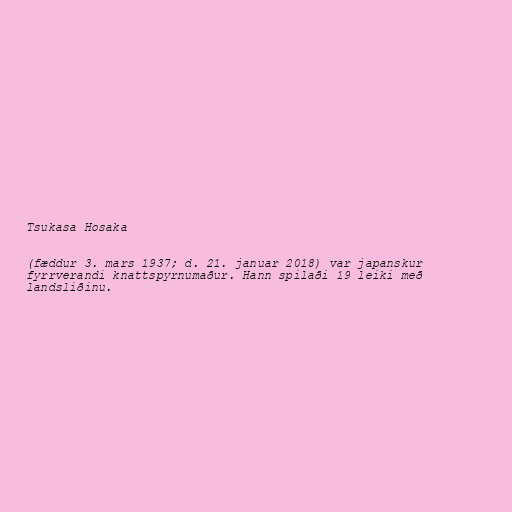
Tsukasa Hosaka

(fæddur 3. mars 1937; d. 21. januar 2018) var japanskur
fyrrverandi knattspyrnumaður. Hann spilaði 19 leiki með
landsliðinu.